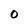
Character: O